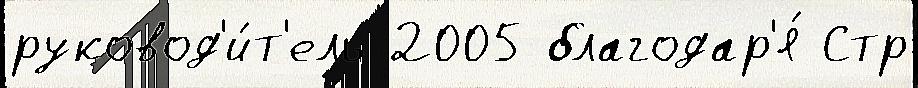
руковод'и́т'ель 2005 благодар'я́ Стр